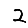
Digit: 2